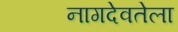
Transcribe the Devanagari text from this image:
नागदेवतेला